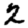
Digit: 2